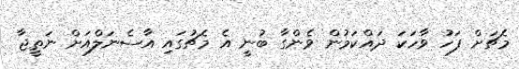
މެޗަށް ފަހު ވާހަކަ ދައްކަމުން ވެންގާ ބުނީ އެ މެޗުގައި އާސެނަލްއަށް ނަތީޖާ